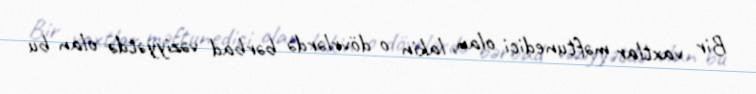
Bir vaxtlar məftunedici olan, lakin o dövrlərdə bərbad vəziyyətdə olan bu